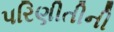
પરિણીતીની